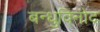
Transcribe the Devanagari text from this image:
बन्धुविनोद